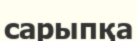
сарыпқа